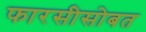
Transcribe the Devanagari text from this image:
फारसीसोबत